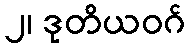
၂၊ ဒုတိယဝဂ်